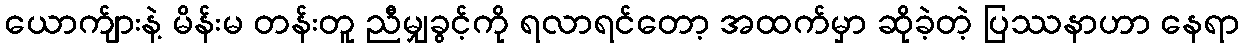
ယောက်ျားနဲ့ မိန်းမ တန်းတူ ညီမျှခွင့်ကို ရလာရင်တော့ အထက်မှာ ဆိုခဲ့တဲ့ ပြဿနာဟာ နေရာ